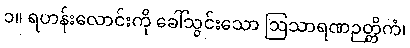
၁။ ရဟန်းလောင်းကို ခေါ်သွင်းသော ဩသာရဏဉတ္တိကံ၊